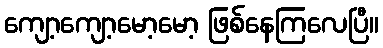
ကျော့ကျော့မော့မော့ ဖြစ်နေကြလေပြီ။